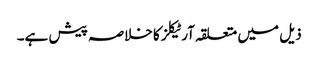
ذیل میں متعلقہ آرٹیکلز کا خلاصہ پیش ہے۔